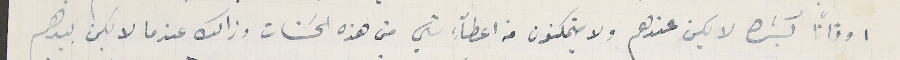
اوقاتًا كثيره لا يكن عندهم ولا يتمكنون من اعطآءِ شي من هذه الحسَنات وذالك عندما لا يكن بيدهم